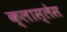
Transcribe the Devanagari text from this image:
क्लास्लेस